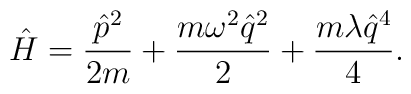
\hat{H} = \frac{\hat{p}^2}{2m} + \frac{m \omega^2 \hat{q}^2}{2}+ \frac{m \lambda \hat{q}^4}{4}.